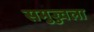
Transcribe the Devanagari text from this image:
समुज्ज्वला